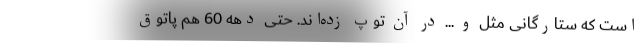
است که ستارگانی مثل و ... در آن توپ زده‌اند. حتی دهه 60 هم پاتوق